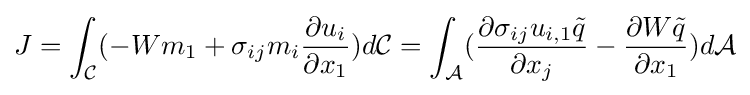
J=\int _{\mathcal {C}}(-Wm_{1}+\sigma _{ij}m_{i}{\frac {\partial u_{i}}{\partial x_{1}}})d{\mathcal {C}}=\int _{\mathcal {A}}({\frac {\partial \sigma _{ij}u_{i,1}{\tilde {q}}}{\partial x_{j}}}-{\frac {\partial W{\tilde {q}}}{\partial x_{1}}})d{\mathcal {A}}